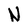
Character: N